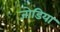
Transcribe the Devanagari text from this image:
जोडिया